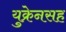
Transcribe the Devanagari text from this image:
युक्रेनसह